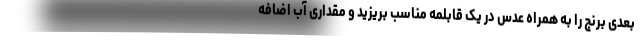
بعدی برنج را به همراه عدس در یک قابلمه مناسب بریزید و مقداری آب اضافه